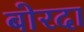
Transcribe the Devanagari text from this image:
बोरदा